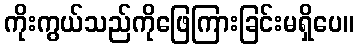
ကိုးကွယ်သည်ကိုဖြေကြားခြင်းမရှိပေ။